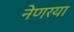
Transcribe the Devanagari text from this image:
नेणरया